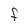
Character: F